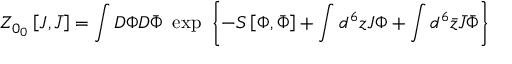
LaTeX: Z _ { 0 \L _ { 0 } } \left[ J , \bar { J } \right] = \int { \cal D } \Phi { \cal D } \bar { \Phi } ~ \exp \ \left\{ - S \left[ \Phi , \bar { \Phi } \right] + \int d ^ { 6 } z J \Phi + \int d ^ { 6 } \bar { z } \bar { J } \bar { \Phi } \right\}